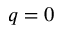
q = 0